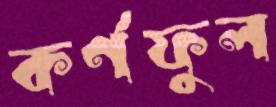
কর্ণফুল